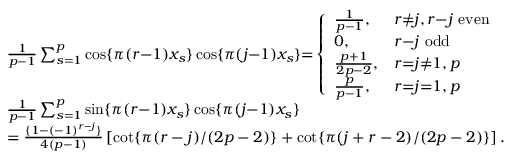
\begin{array} { r l } { \linespread { 0 . 3 } } & { \frac { 1 } { p { - } 1 } \sum _ { s = 1 } ^ { p } \cos \{ \pi ( r { - } 1 ) x _ { s } \} \cos \{ \pi ( j { - } 1 ) x _ { s } \} { = } \left\{ \begin{array} { l l } { \frac { 1 } { p - 1 } , } & { r { \neq } j , r { - } j \mathrm { ~ e v e n } } \\ { 0 , } & { r { - } j \mathrm { ~ o d d } } \\ { \frac { p + 1 } { 2 p - 2 } , } & { r { = } j { \neq } 1 , p } \\ { \frac { p } { p - 1 } , } & { r { = } j { = } 1 , p } \end{array} \right. } \\ & { \frac { 1 } { p { - } 1 } \sum _ { s = 1 } ^ { p } \sin \{ \pi ( r { - } 1 ) x _ { s } \} \cos \{ \pi ( j { - } 1 ) x _ { s } \} } \\ & { = \frac { \{ 1 - ( - 1 ) ^ { r - j } \} } { 4 ( p - 1 ) } \left[ \mathrm { c o t } \{ \pi ( r - j ) / ( 2 p - 2 ) \} + \mathrm { c o t } \{ \pi ( j + r - 2 ) / ( 2 p - 2 ) \} \right] . } \end{array}